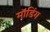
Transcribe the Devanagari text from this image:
मॉडिंग